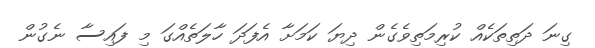
ގިނަ ދަތިތަކެއް ކުރިމަތިވެގެން ދިޔަ ކަމަށާ އެފަދަ ހާލަތެއްގަ މި ފައިސާ ނެގުން